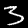
Digit: 3